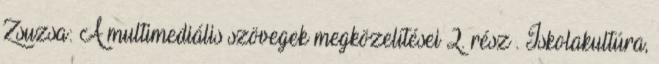
Zsuzsa: A multimediális szövegek megközelítései 2. rész . Iskolakultúra,